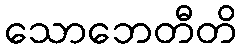
သောဘေတီတိ